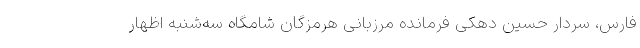
فارس، سردار حسین دهکی فرمانده مرزبانی هرمزگان شامگاه سه‌شنبه اظهار